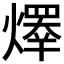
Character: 𤏵